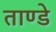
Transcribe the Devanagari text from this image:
ताण्डे